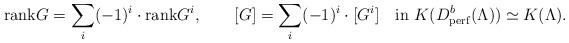
LaTeX: \begin{align*}{\rm rank}G=\sum_{i}(-1)^i\cdot{\rm rank}G^i, \qquad[G]=\sum_{i}(-1)^i\cdot [G^i] \quad{\rm in} ~K(D^b_{\rm perf}(\Lambda))\simeq K(\Lambda).\end{align*}